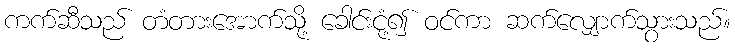
ကက်ဆီသည် တံတားအောက်သို့ ခေါင်းငုံ့၍ ဝင်ကာ ဆက်လျှောက်သွားသည်။